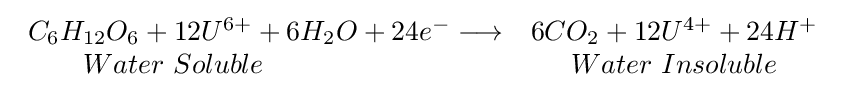
{\begin{array}{lcr}C_{6}H_{12}O_{6}+12U^{6+}+6H_{2}O+24e^{-}\longrightarrow &6CO_{2}+12U^{4+}+24H^{+}\\\qquad Water\ Soluble&Water\ Insoluble\end{array}}